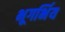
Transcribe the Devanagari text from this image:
भूगर्भिय